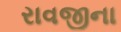
રાવજીના